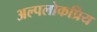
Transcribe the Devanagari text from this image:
अल्पलोकप्रिय